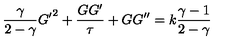
{ \frac { \gamma } { 2 - \gamma } } { G ^ { \prime } } ^ { 2 } + { \frac { G G ^ { \prime } } { \tau } } + G G ^ { \prime \prime } = k { \frac { \gamma - 1 } { 2 - \gamma } }